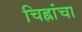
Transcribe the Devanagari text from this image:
चिह्नांचा